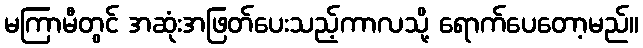
မကြာမီတွင် အဆုံးအဖြတ်ပေးသည့်ကာလသို့ ရောက်ပေတော့မည်။